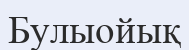
Булыойық